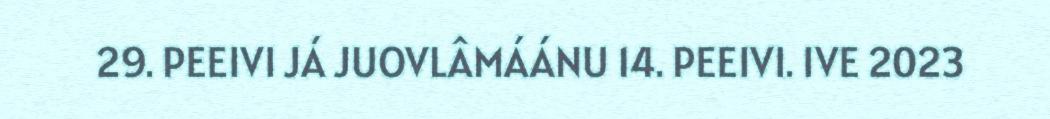
29. PEEIVI JÁ JUOVLÂMÁÁNU 14. PEEIVI. IVE 2023